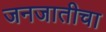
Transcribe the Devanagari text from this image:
जनजातीचा